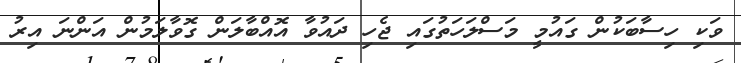
ވަކި ހިސާބަކުން ގައުމީ މަސްލަހަތުގައި ޖެހި ދައުވާ އޮއްބާލަން ގޮވާލަމުން އަންނަ އިރު